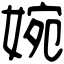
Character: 婉